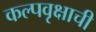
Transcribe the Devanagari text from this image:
कल्पवृक्षाची